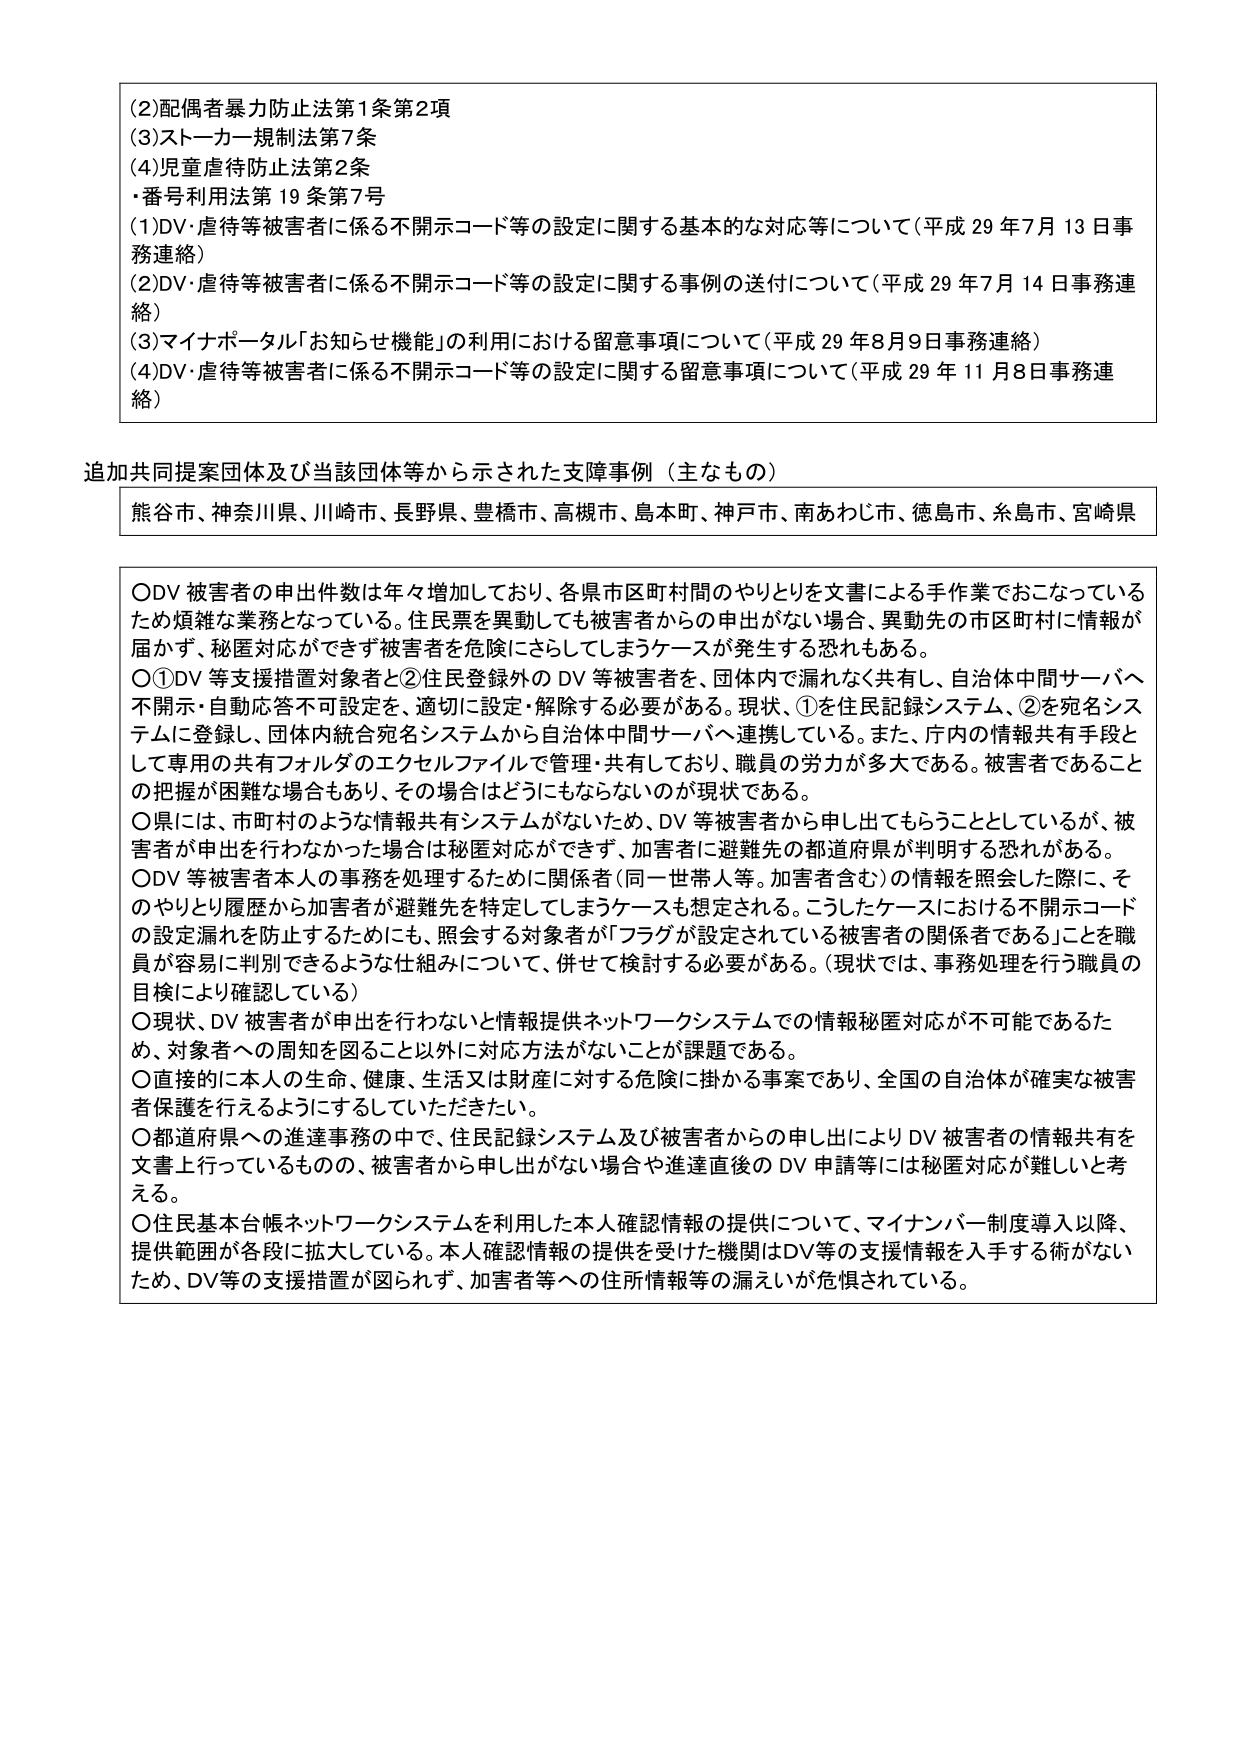
(2)配偶者暴力防止法第1条第2項
(3)ストーカー規制法第7条
(4)児童虐待防止法第2条
・番号利用法第19条第7号
(1)DV・虐待等被害者に係る不開示コード等の設定に関する基本的な対応等について（平成29年7月13日事務連絡）
(2)DV・虐待等被害者に係る不開示コード等の設定に関する事例の送付について（平成29年7月14日事務連絡）
(3)マイナポータル「お知らせ機能」の利用における留意事項について（平成29年8月9日事務連絡）
(4)DV・虐待等被害者に係る不開示コード等の設定に関する留意事項について（平成29年11月8日事務連絡）

追加共同提案団体及び当該団体等から示された支援事例（主なもの）
熊谷市、神奈川県、川崎市、長野県、豊橋市、高槻市、島本町、神戸市、南あわじ市、徳島市、糸島市、宮崎県

○DV被害者の申出件数は年々増加しており、各県市区町村間のやりとりを文書による手作業でおこなっているため煩雑な業務となっている。住民票を異動しても被害者からの申出がない場合、異動先の市区町村に情報が届かず、秘匿対応ができず被害者を危険にさらしてしまうケースが発生する恐れもある。
○①DV等支援措置対象者と②住民登録外のDV等被害者を、団体内で漏れなく共有し、自治体中間サーバへ不開示・自動応答不可設定を、適切に設定・解除する必要がある。現状、①を住民記録システム、②を宛名システムに登録し、団体内統合宛名システムから自治体中間サーバへ連携している。また、庁内の情報共有手段として専用の共有フォルダのエクセルファイルで管理・共有しており、職員の労力が多大である。被害者であることの把握が困難な場合もあり、その場合はどうにもならないのが現状である。
○県には、市町村のような情報共有システムがないため、DV等被害者から申し出てもらうこととしているが、被害者が申出を行わなかった場合は秘匿対応ができず、加害者に避難先の都道府県が判明する恐れがある。
○DV等被害者本人の事務を処理するために関係者（同一世帯人等。加害者含む）の情報を照会した際に、そのやりとり履歴から加害者が避難先を特定してしまうケースも想定される。こうしたケースにおける不開示コードの設定漏れを防止するためにも、照会する対象者が「フラグが設定されている被害者の関係者である」ことを職員が容易に判別できるような仕組みについて、併せて検討する必要がある。（現状では、事務処理を行う職員の目検により確認している）
○現状、DV被害者が申出を行わないと情報提供ネットワークシステムでの情報秘匿対応が不可能であるため、対象者への周知を図ること以外に対応方法がないことが課題である。
○直接的に本人の生命、健康、生活又は財産に対する危険に掛かる事案であり、全国の自治体が確実な被害者保護を行えるようにしていただきたい。
○都道府県への進達事務の中で、住民記録システム及び被害者からの申し出によりDV被害者の情報共有を文書上行っているものの、被害者から申し出がない場合や進達直後のDV申請等には秘匿対応が難しいと考える。
○住民基本台帳ネットワークシステムを利用した本人確認情報の提供について、マイナンバー制度導入以降、提供範囲が各段に拡大している。本人確認情報の提供を受けた機関はDV等の支援情報を入手する術がないため、DV等の支援措置が図られず、加害者等への住所情報等の漏えいが危惧されている。